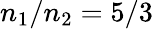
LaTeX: n_{1}/n_{2}=5/3